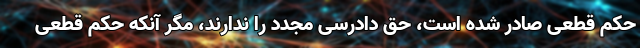
حکم قطعی صادر شده است، حق دادرسی مجدد را ندارند، مگر آنکه حکم قطعی